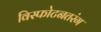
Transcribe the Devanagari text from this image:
विस्फोटनतरंग